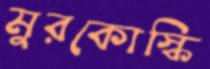
মুরকোস্কি